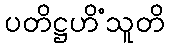
ပတိဋ္ဌဟိံသူတိ